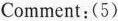
Comment:(5)